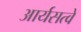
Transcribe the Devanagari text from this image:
आर्यसत्वे